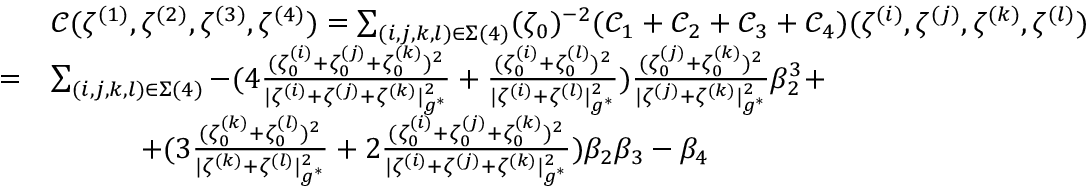
\begin{array} { r l } & { \mathcal { C } ( \zeta ^ { ( 1 ) } , \zeta ^ { ( 2 ) } , \zeta ^ { ( 3 ) } , \zeta ^ { ( 4 ) } ) = \sum _ { ( i , j , k , l ) \in \Sigma ( 4 ) } ( \zeta _ { 0 } ) ^ { - 2 } ( \mathcal { C } _ { 1 } + \mathcal { C } _ { 2 } + \mathcal { C } _ { 3 } + \mathcal { C } _ { 4 } ) ( \zeta ^ { ( i ) } , \zeta ^ { ( j ) } , \zeta ^ { ( k ) } , \zeta ^ { ( l ) } ) } \\ { = } & { \sum _ { ( i , j , k , l ) \in \Sigma ( 4 ) } - ( 4 \frac { ( \zeta _ { 0 } ^ { ( i ) } + \zeta _ { 0 } ^ { ( j ) } + \zeta _ { 0 } ^ { ( k ) } ) ^ { 2 } } { | { \zeta ^ { ( i ) } } + { \zeta ^ { ( j ) } } + { \zeta ^ { ( k ) } } | _ { g ^ { * } } ^ { 2 } } + \frac { ( \zeta _ { 0 } ^ { ( i ) } + \zeta _ { 0 } ^ { ( l ) } ) ^ { 2 } } { | { \zeta ^ { ( i ) } } + { \zeta ^ { ( l ) } } | _ { g ^ { * } } ^ { 2 } } ) \frac { ( \zeta _ { 0 } ^ { ( j ) } + \zeta _ { 0 } ^ { ( k ) } ) ^ { 2 } } { | \zeta ^ { ( j ) } + \zeta ^ { ( k ) } | _ { g ^ { * } } ^ { 2 } } \beta _ { 2 } ^ { 3 } + } \\ & { \quad \quad \quad + ( 3 \frac { ( \zeta _ { 0 } ^ { ( k ) } + \zeta _ { 0 } ^ { ( l ) } ) ^ { 2 } } { | { \zeta ^ { ( k ) } } + { \zeta ^ { ( l ) } } | _ { g ^ { * } } ^ { 2 } } + 2 \frac { ( \zeta _ { 0 } ^ { ( i ) } + \zeta _ { 0 } ^ { ( j ) } + \zeta _ { 0 } ^ { ( k ) } ) ^ { 2 } } { | { \zeta ^ { ( i ) } } + { \zeta ^ { ( j ) } } + { \zeta ^ { ( k ) } } | _ { g ^ { * } } ^ { 2 } } ) \beta _ { 2 } \beta _ { 3 } - \beta _ { 4 } } \end{array}